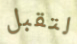
لتقبل